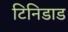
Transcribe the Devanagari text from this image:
टिनिडाड